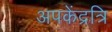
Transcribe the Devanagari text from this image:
अपकेंद्रत्रि